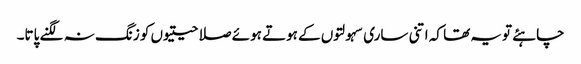
چاہئے تویہ تھا کہ اتنی ساری سہولتوں کے ہوتے ہوئے صلاحیتیوں کو زنگ نہ لگنے پاتا۔